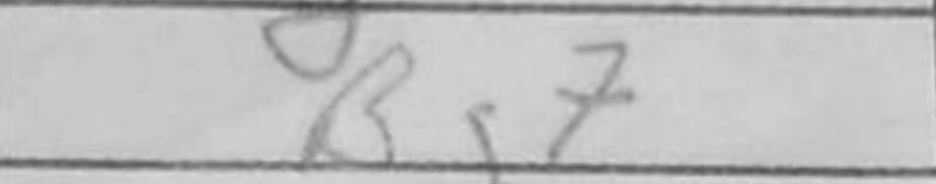
Transcription: Bg7